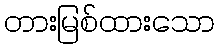
တားမြစ်ထားသော